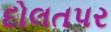
દોલતપર